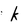
Character: k